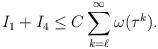
LaTeX: \begin{align*}I_1+ I_4\le C \sum_{k=\ell}^\infty \omega(\tau^k).\end{align*}